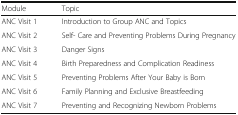
| Module | Topic |
 | --- | --- |
 | ANC Visit 1 | Introduction to Group ANC and Topics |
 | ANC Visit 2 | Self- Care and Preventing Problems During Pregnancy |
 | ANC Visit 3 | Danger Signs |
 | ANC Visit 4 | Birth Preparedness and Complication Readiness |
 | ANC Visit 5 | Preventing Problems After Your Baby is Born |
 | ANC Visit 6 | Family Planning and Exclusive Breastfeeding |
 | ANC Visit 7 | Preventing and Recognizing Newborn Problems |